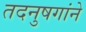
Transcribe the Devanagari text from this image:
तदनुषगांने